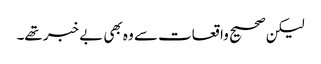
لیکن صحیح واقعات سے وہ بھی بے خبر تھے۔